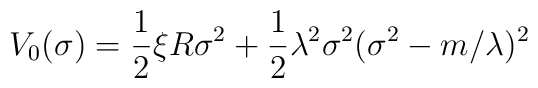
V_0(\sigma )=\frac 12\xi R\sigma ^2+\frac 12\lambda ^2\sigma^2(\sigma ^2-m/\lambda )^2